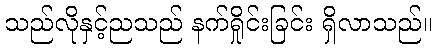
သည်လိုနှင့်ညသည် နက်ရှိုင်းခြင်း ရှိလာသည်။